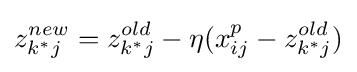
z_{k^{*}j}^{new}=z_{k^{*}j}^{old}-\eta (x_{ij}^{p}-z_{k^{*}j}^{old})